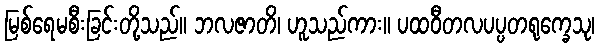
မြစ်ရေမစီးခြင်းတို့သည်။ ဘလဇာတိ၊ ဟူသည်ကား။ ပထဝီတလပပ္ပတရုက္ခေသု၊